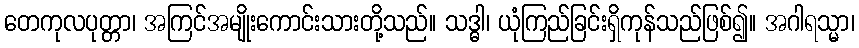
တေကုလပုတ္တာ၊ အကြင်အမျိုးကောင်းသားတို့သည်။ သဒ္ဓါ၊ ယုံကြည်ခြင်းရှိကုန်သည်ဖြစ်၍။ အဂါရသ္မာ၊